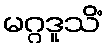
မဂ္ဂဒူသိံ